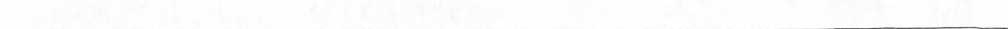
___